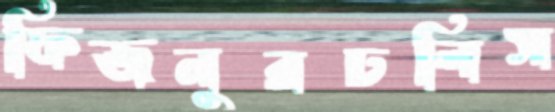
ফিজনুরঢলিস